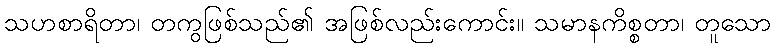
သဟစာရိတာ၊ တကွဖြစ်သည်၏ အဖြစ်လည်းကောင်း။ သမာနကိစ္စတာ၊ တူသော